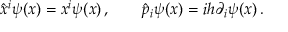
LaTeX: \hat { x } ^ { i } \psi ( x ) = x ^ { i } \psi ( x ) \, , \qquad \hat { p } _ { i } \psi ( x ) = i h \partial _ { i } \psi ( x ) \, .